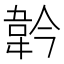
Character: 𩎖